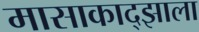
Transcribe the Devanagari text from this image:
मासाकाद्झाला